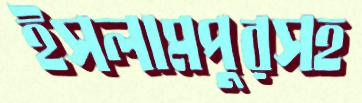
ইসলামপুরসহ